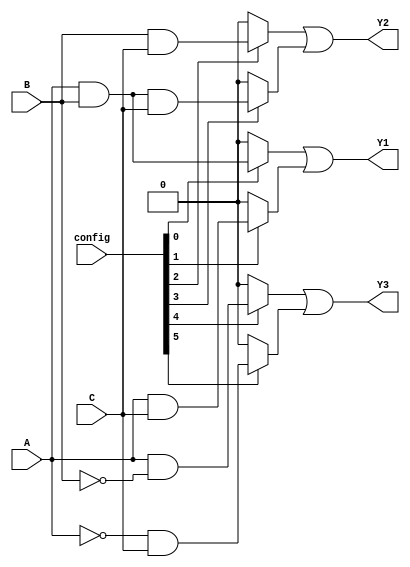
module FusedPAL (
    input wire A,      // Input A
    input wire B,      // Input B
    input wire C,      // Input C
    input wire [5:0] config, // Configuration bits for programmable AND gates
    output wire Y1,    // Output Y1
    output wire Y2,    // Output Y2
    output wire Y3     // Output Y3
);

// Programmable AND gates
wire and_out0, and_out1, and_out2, and_out3, and_out4, and_out5;

// AND gate implementations based on configuration
assign and_out0 = (config[0]) ? (A & B) : 1'b0; // AND gate 0
assign and_out1 = (config[1]) ? (A & C) : 1'b0; // AND gate 1
assign and_out2 = (config[2]) ? (B & C) : 1'b0; // AND gate 2
assign and_out3 = (config[3]) ? (A & B & C) : 1'b0; // AND gate 3
assign and_out4 = (config[4]) ? (A & ~B) : 1'b0; // AND gate 4
assign and_out5 = (config[5]) ? (~A & C) : 1'b0; // AND gate 5

// Fixed OR gates
assign Y1 = and_out0 | and_out1; // Output Y1 combines outputs from AND gate 0 and 1
assign Y2 = and_out2 | and_out3; // Output Y2 combines outputs from AND gate 2 and 3
assign Y3 = and_out4 | and_out5; // Output Y3 combines outputs from AND gate 4 and 5

endmodule